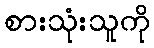
စားသုံးသူကို